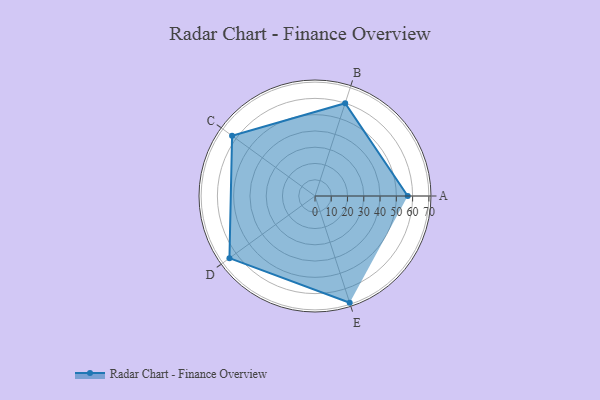
{"axis": {"x": "Skill", "y": "Score"}, "legend": ["Profile"], "data": [{"x": "A", "y": 57.0, "type": "Profile"}, {"x": "B", "y": 60.0, "type": "Profile"}, {"x": "C", "y": 63.0, "type": "Profile"}, {"x": "D", "y": 65.0, "type": "Profile"}, {"x": "E", "y": 69.0, "type": "Profile"}]}